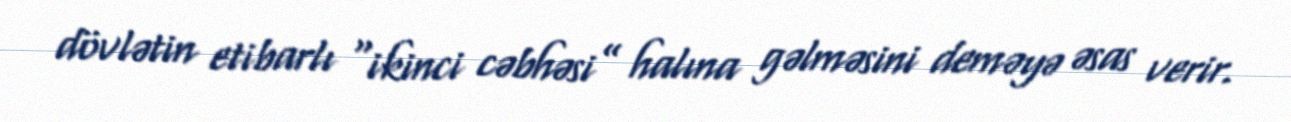
dövlətin etibarlı “ikinci cəbhəsi” halına gəlməsini deməyə əsas verir.